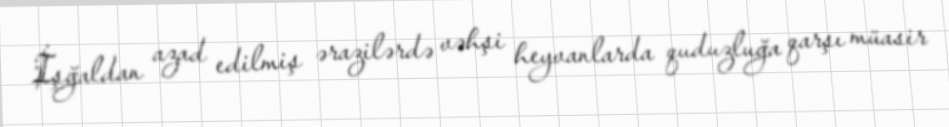
İşğaldan azad edilmiş ərazilərdə vəhşi heyvanlarda quduzluğa qarşı müasir